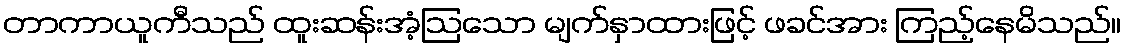
တာကာယူကီသည် ထူးဆန်းအံ့ဩသော မျက်နှာထားဖြင့် ဖခင်အား ကြည့်နေမိသည်။